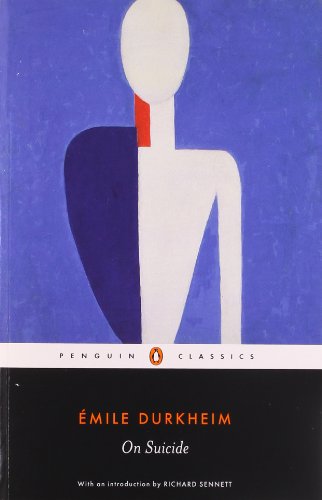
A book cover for On Suicide (Penguin Classics); Emile Durkheim; Self-Help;